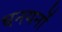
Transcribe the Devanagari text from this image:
धनयनों